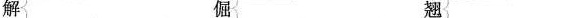
解 倔 翘